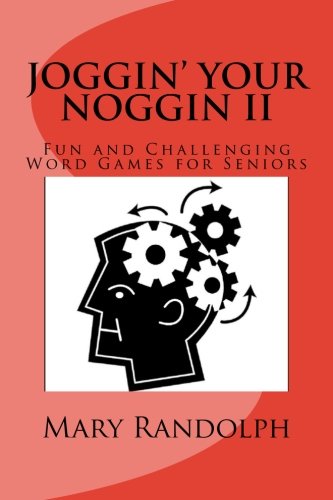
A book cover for Joggin' Your Noggin: Fun and Challenging Word Games for Seniors; Mary Randolph M.S.; Humor & Entertainment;